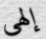
إلهي